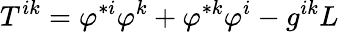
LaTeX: T^{ik}=\varphi^{\ast i}\varphi^{k}+\varphi^{\ast k}\varphi^{i}-g^{ik}L